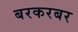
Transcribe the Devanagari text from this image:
बरकरबर